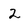
Character: 2